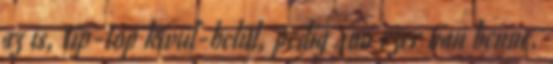
az is, tip-top kívül-belül, pedig 400 ezer van benne.